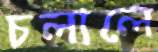
চলালে